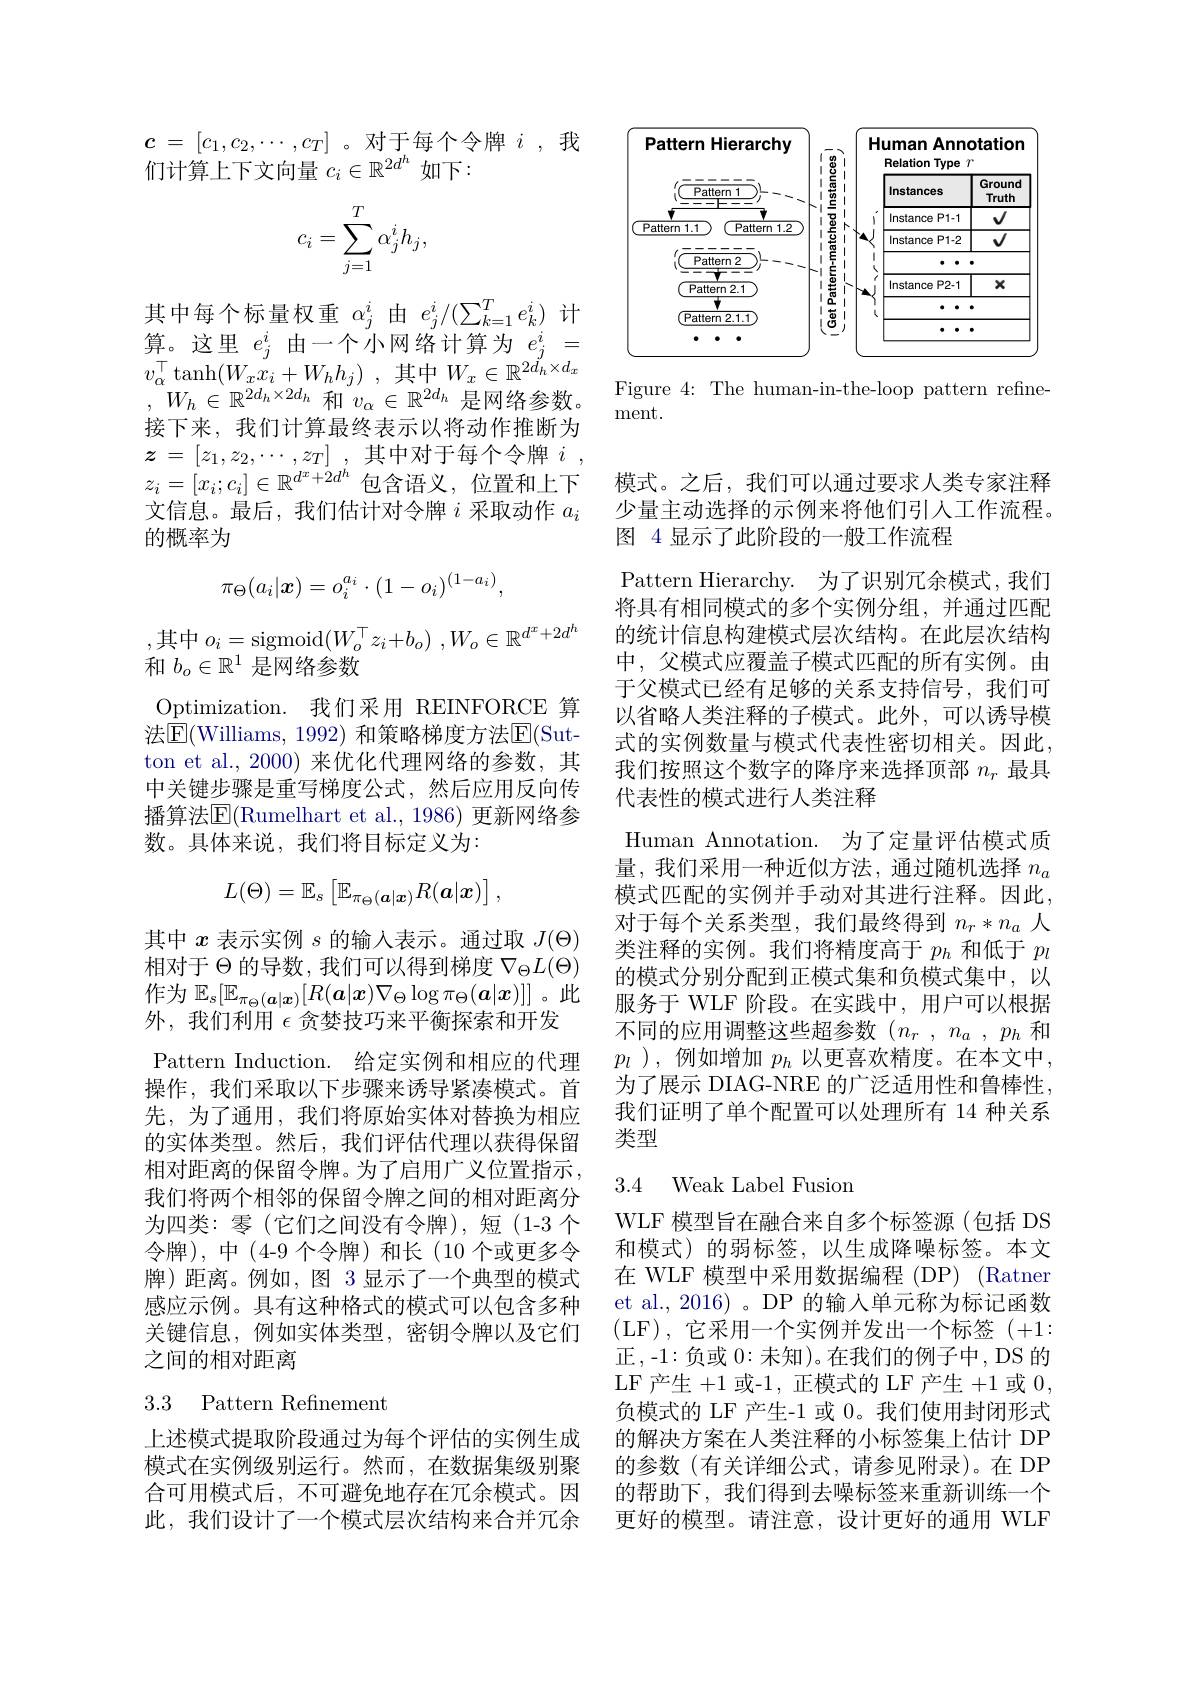
$c=[c_1,c_2,\cdots,c_T]$。对于每个令牌$i$,我
们计算上下文向量$c_i\in\mathbb{R}^2d^h$如下：
$$c_i=\sum_{j=1}^T\alpha_j^ih_j,$$
其中每个标量权重$\alpha_j^i$由$e_j^i/(\sum_{k=1}^Te_k^i)$计算。这里$e_j^i$由一个小网络计算为$e_j^i=$

$v_{\alpha }^{\top }\tanh ( W_{x}x_{i}+ W_{h}h_{j})$ , $其 中$ $W_{x}\in \mathbb{R} ^{2d_{h}\times d_{x}}$ , $W_{h}\in \mathbb{R} ^{2d_{h}\times 2d_{h}}$和$v_\alpha\in\mathbb{R}^{2d_{h}}$是网络参数。接下来，我们计算最终表示以将动作推断为$z= \begin{bmatrix} z_1, z_2, \cdots , z_T\end{bmatrix}$ ,其中对于每个令牌$i$ , $z_i=[x_i;c_i]\in\mathbb{R}^{d^x+2d^h}$包含语义，位置和上下文信息。最后，我们估计对令牌$i$采取动作$a_i$ 的概率为
$$\pi_\Theta(a_i|\boldsymbol{x})=o_i^{a_i}\cdot(1-o_i)^{(1-a_i)},$$
$$o_{i}=\mathrm{sigmoid}(W_{o}^{\top}z_{i}+b_{o})\:,W_{o}\in\mathbb{R}^{d^{x}+2d^{h}}$$
和$b_o\in\mathbb{R}^1$是网络参数
Optimization.我们采用 REINFORCE 算法$\overline{\mathrm{E}}($Williams, 1992) 和策略梯度方法$\overline{\mathrm{E}}($Sutton et al., 2000) 来优化代理网络的参数，其中关键步骤是重写梯度公式，然后应用反向传播算法$\overline{\mathrm{E}}($Rumelhart et al., 1986) 更新网络参数。具体来说，我们将目标定义为：
$$L(\Theta)=\mathbb{E}_s\begin{bmatrix}\mathbb{E}_{\pi_\Theta(\boldsymbol{a}|\boldsymbol{x})}R(\boldsymbol{a}|\boldsymbol{x})\end{bmatrix},$$
其中$x$表示实例$s$的输入表示。通过取$J(\Theta)$ 相对于$\Theta$的导数，我们可以得到梯度$\nabla_\Theta L(\Theta)$ 作为$\mathbb{E}_s[\mathbb{E}_{\pi_\Theta(\boldsymbol{a}|\boldsymbol{x})}[R(\boldsymbol{a}|\boldsymbol{x})\nabla_\Theta\log\pi_\Theta(\boldsymbol{a}|\boldsymbol{x})]]$。此外，我们利用$\epsilon$贪婪技巧来平衡探索和开发
Pattern Induction. 给定实例和相应的代理操作，我们采取以下步骤来诱导紧凑模式。首先，为了通用，我们将原始实体对替换为相应的实体类型。然后，我们评估代理以获得保留相对距离的保留令牌。为了启用广义位置指示， 我们将两个相邻的保留令牌之间的相对距离分为四类：零(它们之间没有令牌),短(1-3个令牌),中(4-9 个令牌)和长(10 个或更多令牌)距离。例如，图 3 显示了一个典型的模式感应示例。具有这种格式的模式可以包含多种关键信息，例如实体类型，密钥令牌以及它们之间的相对距离

## 3.3 Pattern Refinement

<FigureHere>

Figure 4: The human-in-the-loop pattern refine-
ment.

模式。之后，我们可以通过要求人类专家注释少量主动选择的示例来将他们引入工作流程。图 4 显示了此阶段的一般工作流程
Pattern Hierarchy. 为了识别冗余模式，我们将具有相同模式的多个实例分组，并通过匹配的统计信息构建模式层次结构。在此层次结构中，父模式应覆盖子模式匹配的所有实例。由于父模式已经有足够的关系支持信号，我们可以省略人类注释的子模式。此外，可以诱导模式的实例数量与模式代表性密切相关。因此， 我们按照这个数字的降序来选择顶部$n_r$最具代表性的模式进行人类注释
Human Annotation. 为了定量评估模式质量，我们采用一种近似方法，通过随机选择$n_a$ 模式匹配的实例并手动对其进行注释。因此， 对于每个关系类型，我们最终得到$n_r*n_a$人类注释的实例。我们将精度高于$p_h$和低于$p_l$ 的模式分别分配到正模式集和负模式集中，以服务于 WLF 阶段。在实践中，用户可以根据不同的应用调整这些超参数($n_r,n_a,p_h$和$p_l$),例如增加 $p_h$ 以更喜欢精度。在本文中， 为了展示 DIAG-NRE 的广泛适用性和鲁棒性， 我们证明了单个配置可以处理所有 14 种关系类型

## 3.4 Weak Label Fusion

WLF 模型旨在融合来自多个标签源(包括 DS 和模式)的弱标签，以生成降噪标签。本文在 WLF 模型中采用数据编程 (DP) (Ratner et al., 2016)。DP 的输入单元称为标记函数(LF),它采用一个实例并发出一个标签(+1: 正，-1:负或 0: 未知)。在我们的例子中，DS 的LF 产生+1或-1, 正模式的 LF 产生+1或0， 负模式的 LF 产生-1 或 0。我们使用封闭形式
上述模式提取阶段通过为每个评估的实例生成 的解决方案在人类注释的小标签集上估计 DP 模式在实例级别运行。然而，在数据集级别聚 的参数(有关详细公式，请参见附录)。在 DP 合可用模式后，不可避免地存在冗余模式。因 的帮助下，我们得到去噪标签来重新训练一个此，我们设计了一个模式层次结构来合并冗余 更好的模型。请注意，设计更好的通用 WLF